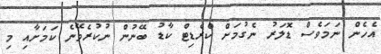
އެހެން ނަމަވެސް ޑޮލަރު ނެގުމަށް ކްރެޑިޓް ކާޑު ބޭނުން ނުކުރެވޭނެ ކަމަށާއި މި